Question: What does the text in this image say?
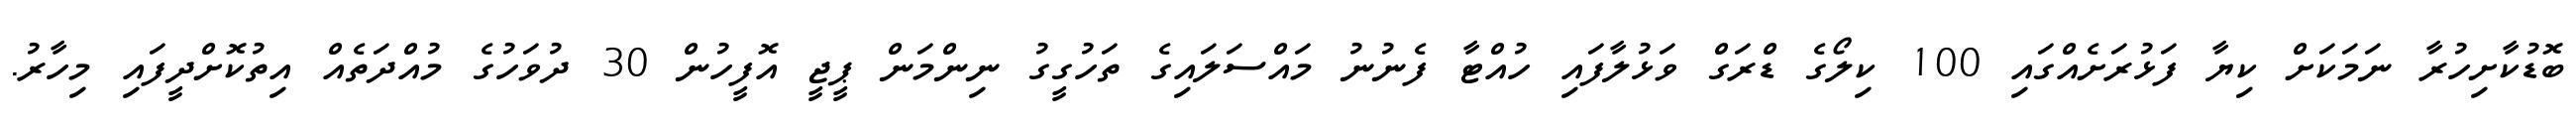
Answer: ބޮޑުކާށިހުރާ ނަމަކަށް ކިޔާ ފަޅުރަށެއްގައި 100 ކިލޯގެ ޑްރަގް ވަޅުލާފައި ހުއްޓާ ފެނުނު މައްސަލައިގެ ތަހުގީގު ނިންމަން ޕީޖީ އޮފީހުން 30 ދުވަހުގެ މުއްދަތެއް އިތުކޮށްދީފައި މިހާރު.